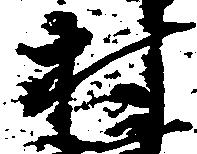
村